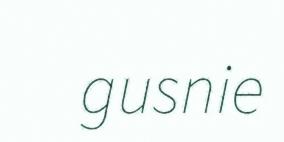
gusnie